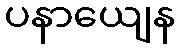
ပနာယျေန